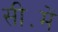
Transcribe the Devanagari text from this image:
सी॰में